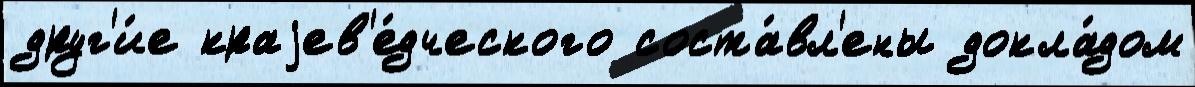
друг'и́е краjев'е́дческого соста́вл'ены докла́дом